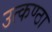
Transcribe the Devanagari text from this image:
उत्‍कण्‍ठा